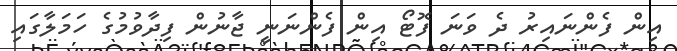
އިން ފެންނައިރު ދެ ވަނަ ފޮޓޯ އިން ފެންނަނީ ޖާނުން ފިދާވުމުގެ ހަމަލާގައި